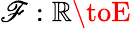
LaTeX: \mathscr{F}:\mathbb{{R}}\toE